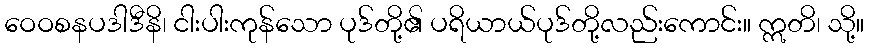
ဝေဝစနပဒါဒီနိ၊ ငါးပါးကုန်သော ပုဒ်တို့၏ ပရိယာယ်ပုဒ်တို့လည်းကောင်း။ ဣတိ၊ သို့။